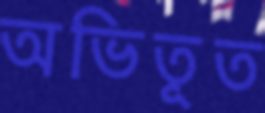
অভিতূত